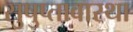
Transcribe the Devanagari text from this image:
सुषुप्तावास्था